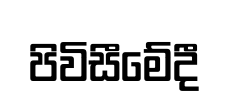
පිවිසීමේදී